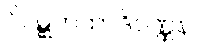
ဝိဝဋ္ဋကထာဒိဝဏ္ဏနာ